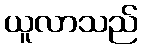
ယူလာသည်